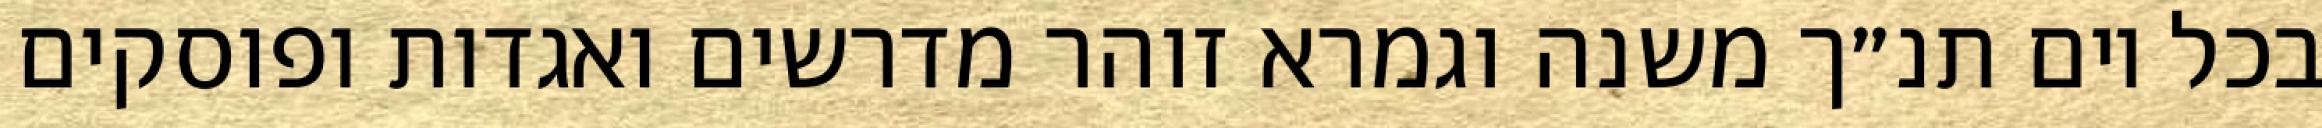
בכל יום תנ״ך משנה וגמרא זוהר מדרשים ואגדות ופוסקים